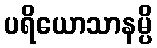
ပရိယောသာနမ္ပိ